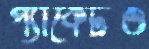
প্যাকেটও